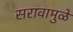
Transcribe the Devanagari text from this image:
सरावामुळे